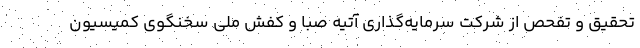
تحقیق و تفحص از شرکت سرمایه‌گذاری آتیه صبا و کفش ملی سخنگوی کمیسیون